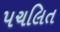
પચલિત